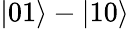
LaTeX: |01\rangle-|10\rangle